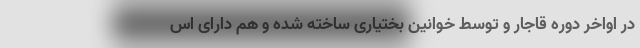
در اواخر دوره قاجار و توسط خوانین بختیاری ساخته شده و هم دارای اس